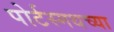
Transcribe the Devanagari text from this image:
पोर्टस्मथच्या